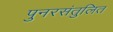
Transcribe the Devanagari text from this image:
पुनरसंतुलित